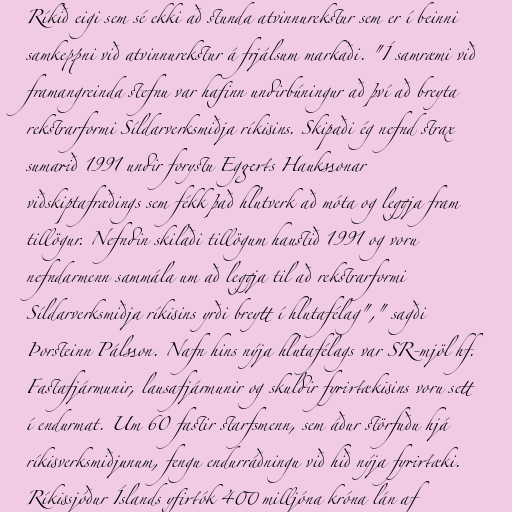
Ríkið eigi sem sé ekki að stunda atvinnurekstur sem er í beinni
samkeppni við atvinnurekstur á frjálsum markaði. "Í samræmi við
framangreinda stefnu var hafinn undirbúningur að því að breyta
rekstrarformi Síldarverksmiðja ríkisins. Skipaði ég nefnd strax
sumarið 1991 undir forystu Eggerts Haukssonar
viðskiptafræðings sem fékk það hlutverk að móta og leggja fram
tillögur. Nefndin skilaði tillögum haustið 1991 og voru
nefndarmenn sammála um að leggja til að rekstrarformi
Síldarverksmiðja ríkisins yrði breytt í hlutafélag"," sagði
Þorsteinn Pálsson. Nafn hins nýja hlutafélags var SR-mjöl hf.
Fastafjármunir, lausafjármunir og skuldir fyrirtækisins voru sett
í endurmat. Um 60 fastir starfsmenn, sem áður störfuðu hjá
ríkisverksmiðjunum, fengu endurráðningu við hið nýja fyrirtæki.
Ríkissjóður Íslands yfirtók 400 milljóna króna lán af